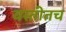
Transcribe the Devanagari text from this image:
वस्तीतच